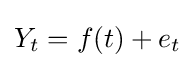
Y_{t}=f(t)+e_{t}